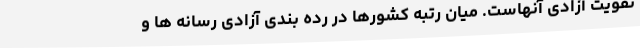
تقویت آزادی آنهاست. میان رتبه کشورها در رده بندی آزادی رسانه ها و